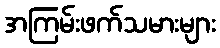
အကြမ်းဖက်သမားများ